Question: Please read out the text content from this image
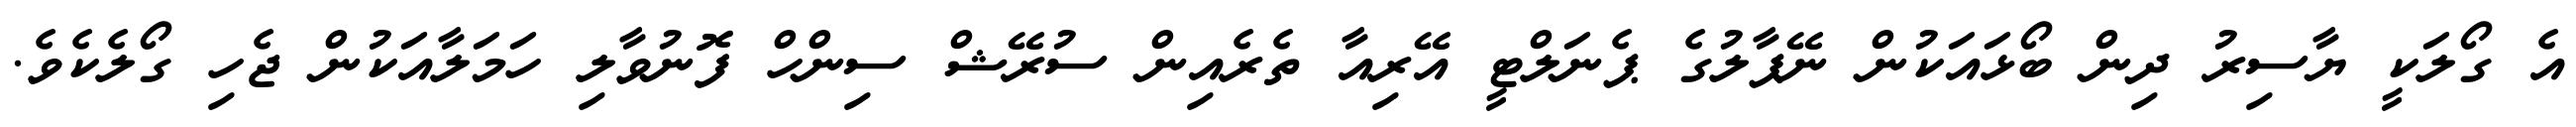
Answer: އެ ގޯލަކީ ޔާސިރު ދިން ބޯޅައަކުން ނޭޕާލުގެ ޕެނަލްޓީ އޭރިއާ ތެރެއިން ސުރޭޝް ސިންހް ފޮނުވާލި ހަމަލާއަކުން ޖެހި ގޯލެކެވެ.